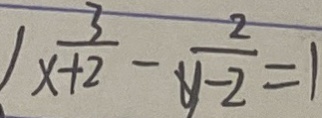
1 \frac { 3 } { x + 2 } - \frac { 2 } { y - 2 } = 1